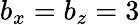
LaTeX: b_{x}=b_{z}=3